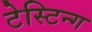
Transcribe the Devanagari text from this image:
टेस्टिन्ग